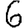
Digit: 6